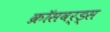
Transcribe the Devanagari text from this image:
क्रॉसवर्ड्स